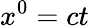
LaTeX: x^{0}=ct